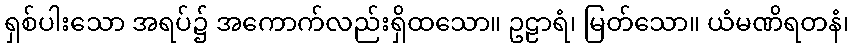
ရှစ်ပါးသော အရပ်၌ အကောက်လည်းရှိထသော။ ဥဠာရံ၊ မြတ်သော။ ယံမဏိရတနံ၊